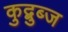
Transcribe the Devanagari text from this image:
कुद्बुब्ज